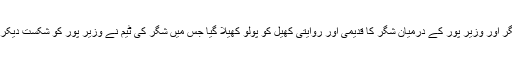
اس سے پہلے دن شگر اور وزیر پور کے درمیان شگر کا قدیمی اور روایتی کھیل کو پولو کھیلا گیا جس میں شگر کی ٹیم نے وزیر پور کو شکست دیکر کامیابی حاصل کی۔